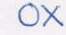
ox